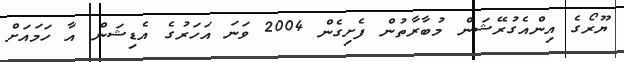
ޔޫރޯގެ އިންއެގުރޭޝަން މުބާރާތުން ފެށިގެން 2004 ވަނަ އަހަރުގެ އެޑިޝަން އާ ހަމައަށް